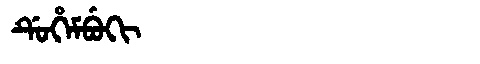
Manchu: ᡩᡠᡥᡝᠮᠪᡠᡴᡳ
Romanization: DUHEMBUKI